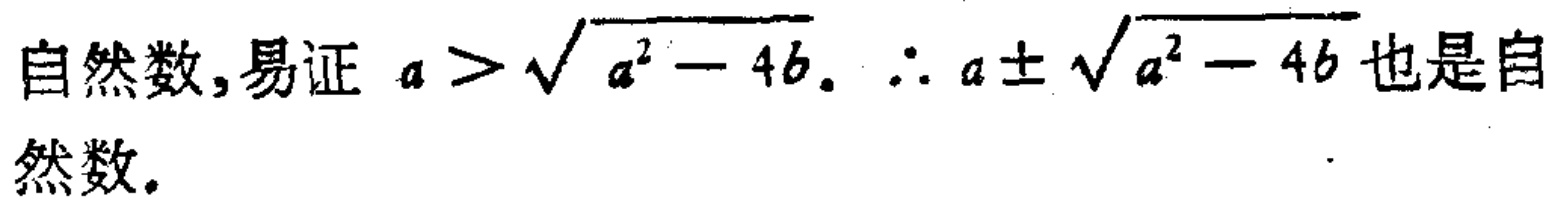
自然数,易证 \(a > \sqrt{a^{2} - 4b}\). \(\therefore a \pm \sqrt{a^{2} - 4b}\)也是自然数.